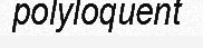
polyloquent